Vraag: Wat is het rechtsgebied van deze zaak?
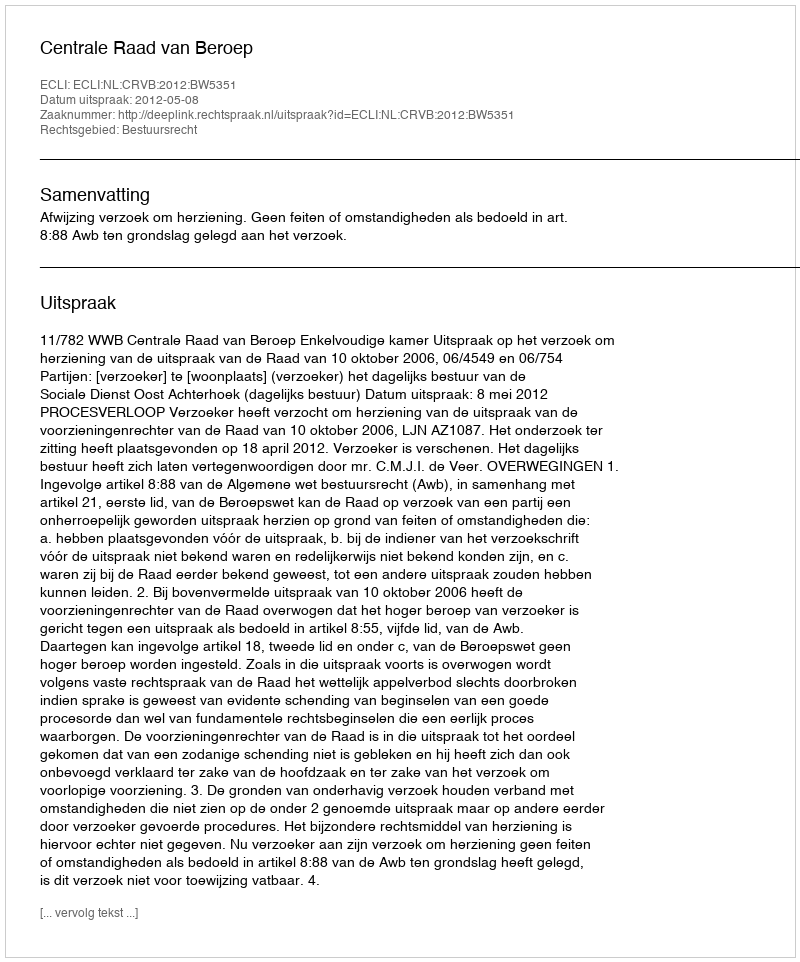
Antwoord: Bestuursrecht